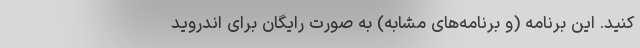
کنید. این برنامه (و برنامه‌های مشابه) به صورت رایگان برای اندروید